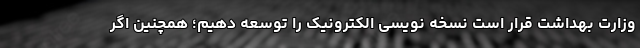
وزارت بهداشت قرار است نسخه نویسی الکترونیک را توسعه دهیم؛ همچنین اگر